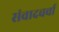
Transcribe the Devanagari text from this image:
संवादचर्चा